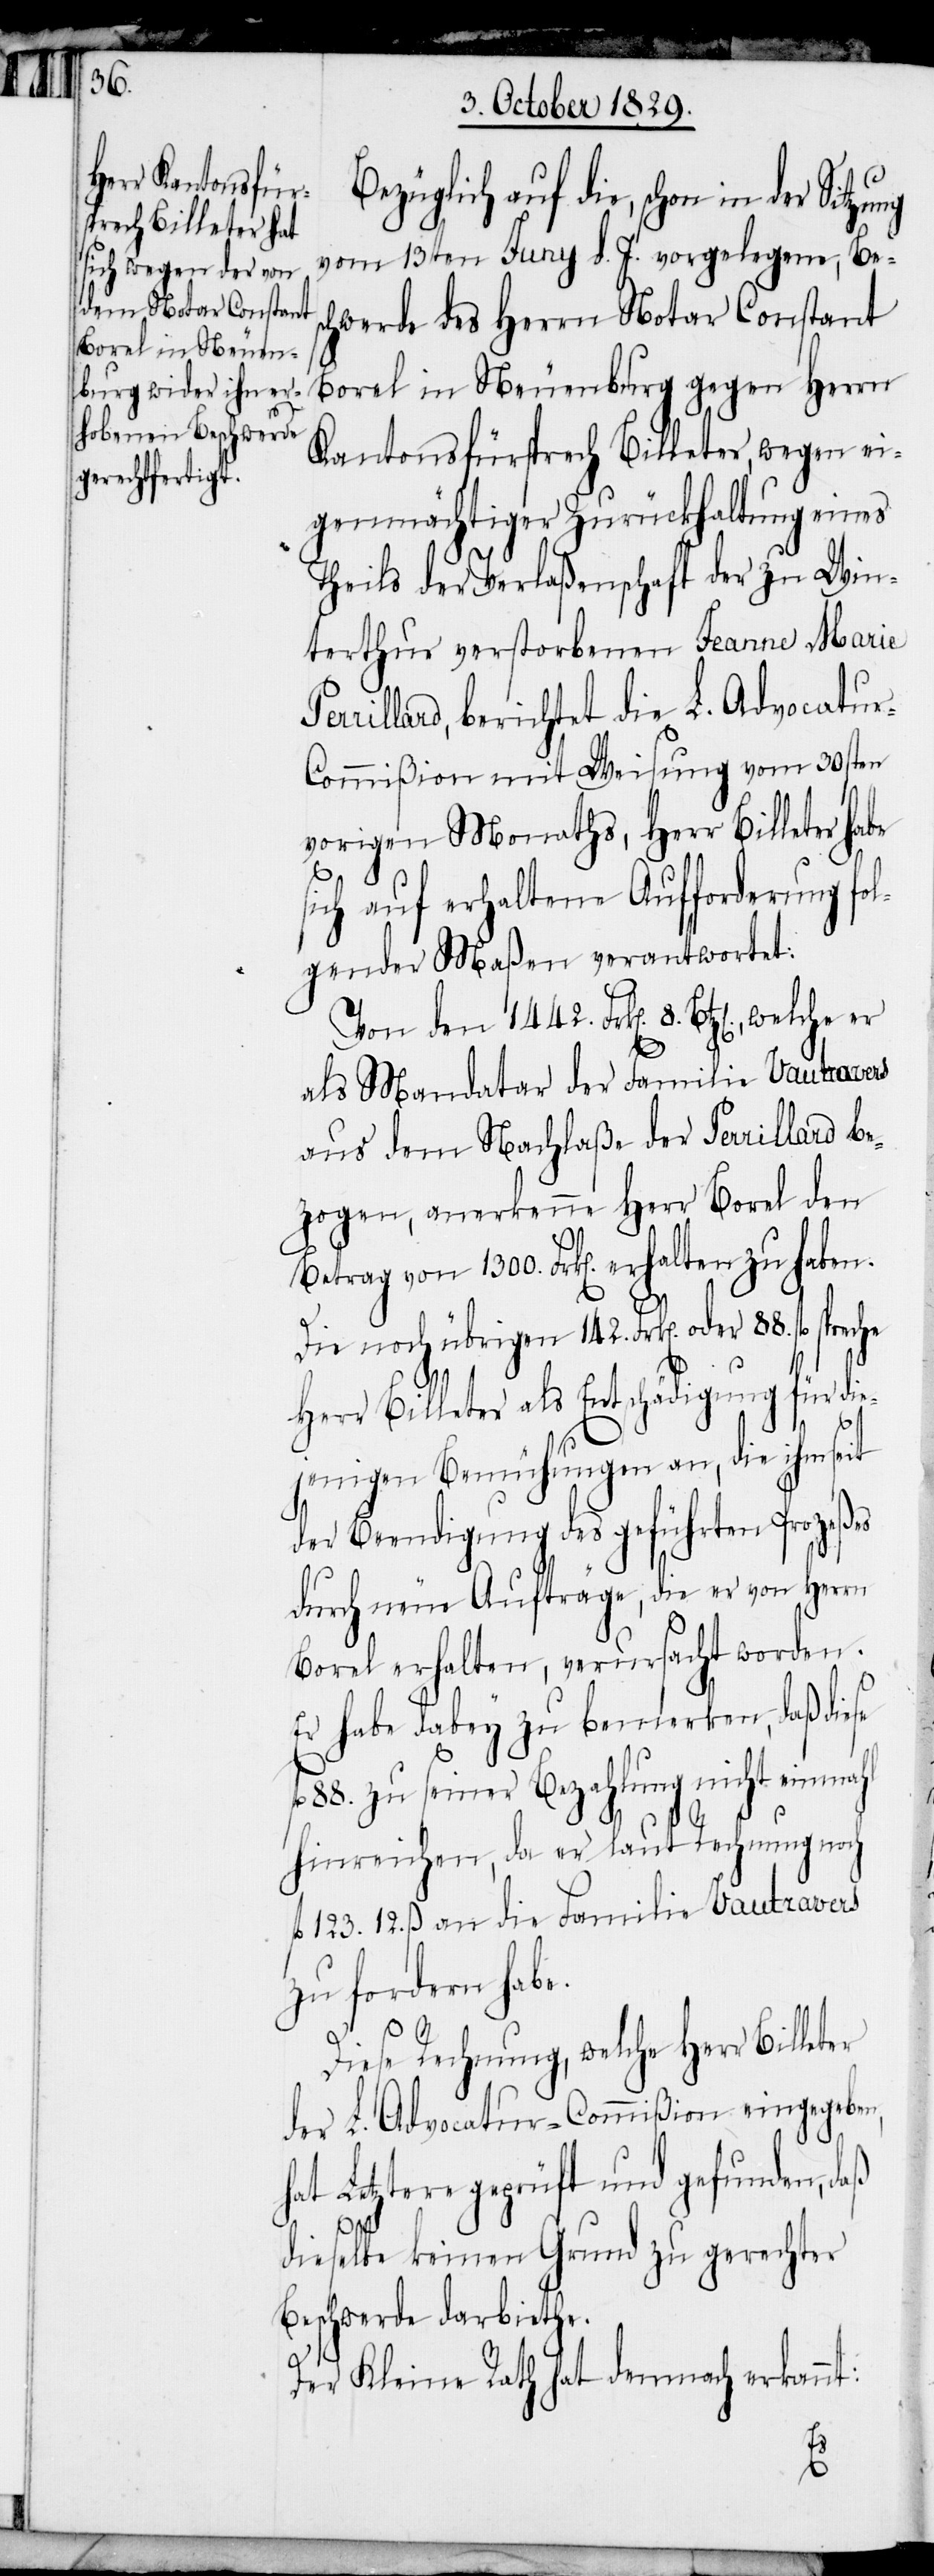
88.

Bezüglich auf die, schon in
vom 13ten Juny d. J. vorgelegene, Bes¬
chwerde des Herrn Notar Constant
Borel in Neuenburg gegen Herrn
Kantonsfürsprech Billeter, wegen ei¬
genmächtiger Zurückhaltung eines
Theils der Verlaßenschaft der zu Win¬
terthur verstorbenen Jeanne Marie
rrillard, berichtet die L. Advocatur-C¬
ommißion mit Weisung vom 30sten
vorigen Monaths, Herr Billeter habe
sich auf erhaltene Aufforderung fol¬
gender Maßen verantwortet:
ter
als Mandatar der Familie Vautravers
aus dem Nachlaße der Perrillard be¬
zogen, anerkenne Herr Borel den
Die noch übrigen 142. Frk[en]. oder
Herr Billeter als Entschädigung für di¬
jenigen Bemühungen an, die ihm seit
der Beendigung des geführten Prozeßes
durch neue Aufträge, die er von Herrn
Borel erhalten, verursacht worden.
Er habe dabey zu bemerken, daß die¬
l. 88. zu seiner Bezahlung nicht einmahl
hinreichen, da er laut Rechnung noch
l. 123. 12. ß an die Familie Vautravers
zu fordern habe.
Diese Rechnung, welche Herr Bille¬
der L. Advocatur-Commißion eingegeben,
hat Letztere geprüft und gefunden, daß
1300.
dieselbe keinen Grund zu gerechter
Beschwerde darbiethe.
Der Kleine Rath hat demnach erkannt:
8.